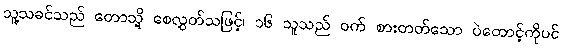
သူ့သခင်သည် တောသို့ စေလွှတ်သဖြင့်၊ ၁၆ သူသည် ဝက် စားတတ်သော ပဲတောင့်ကိုပင်